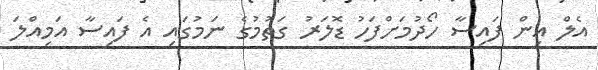
އެލް އިން ފައިސާ ހޯދުމަށްފަހު ޑޮލަރު ގަތުމުގެ ނަމުގައި އެ ފައިސާ އަމިއްލަ